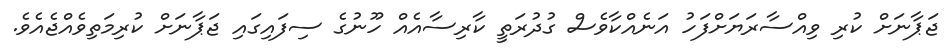
ޖަޕާނަށް ކުރި ވިއްސާރަޔަށްފަހު އަނެއްކާވެސް ގުދުރަތީ ކާރިސާއެއް ހޫނުގެ ސިފައިގައި ޖަޕާނަށް ކުރިމަތިވެއްޖެއެވެ.